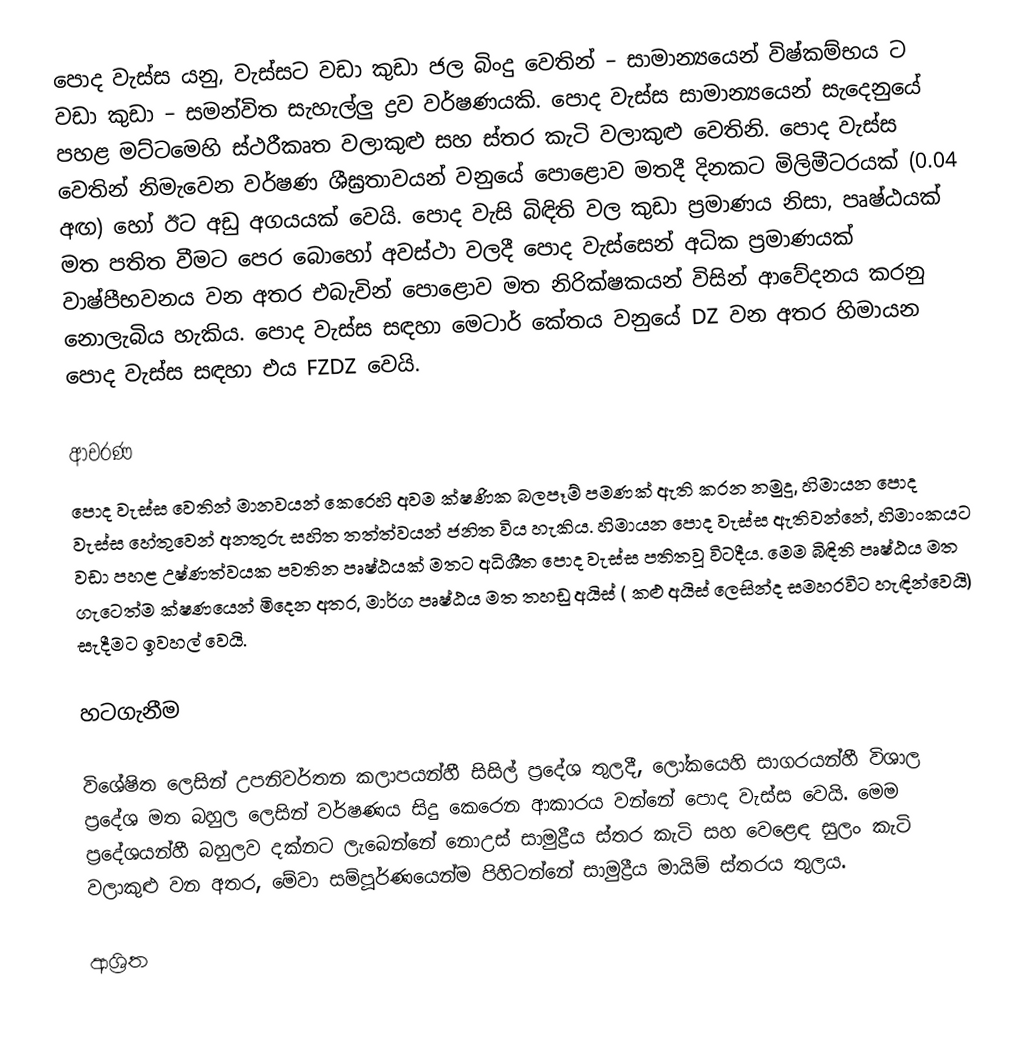
පොද වැස්ස යනු,   වැස්සට වඩා කුඩා  ජල බිංදු වෙතින් – සාමාන්‍යයෙන් විෂ්කම්භය  ට වඩා කුඩා – සමන්විත සැහැල්ලු ද්‍රව වර්ෂණයකි.  පොද වැස්ස සාමාන්‍යයෙන් සැදෙනුයේ පහළ මට්ටමෙහි ස්ථරීකෘත වලාකුළු සහ ස්තර කැටි වලාකුළු වෙතිනි. පොද වැස්ස වෙතින් නිමැවෙන වර්ෂණ ශීඝ්‍රතාවයන් වනුයේ පොළොව මතදී දිනකට මිලිමීටරයක්  (0.04 අඟ)   හෝ ඊට අඩු අගයයක් වෙයි. පොද වැසි බිඳිති වල කුඩා ප්‍රමාණය නිසා, පෘෂ්ඨයක් මත පතිත වීමට පෙර බොහෝ අවස්ථා වලදී පොද වැස්සෙන් අධික ප්‍රමාණයක් වාෂ්පීභවනය වන අතර එබැවින් පොළොව මත නිරික්ෂකයන් විසින් ආවේදනය කරනු නොලැබිය හැකිය. පොද වැස්ස සඳහා මෙටාර් කේතය වනුයේ DZ වන අතර හිමායන පොද වැස්ස සඳහා එය FZDZ වෙයි.

ආචරණ
පොද වැස්ස වෙතින් මානවයන් කෙරෙහි අවම ක්ෂණික බලපෑම් පමණක් ඇති කරන නමුදු, හිමායන පොද වැස්ස හේතුවෙන් අනතුරු සහිත තත්ත්වයන් ජනිත විය හැකිය.  හිමායන පොද වැස්ස ඇතිවන්නේ, හිමාංකයට වඩා පහළ උෂ්ණත්වයක පවතින පෘෂ්ඨයක් මතට  අධිශීත පොද වැස්ස පතිතවූ විටදීය.   මෙම බිඳිති පෘෂ්ඨය මත ගැටෙත්ම ක්ෂණයෙන් මිදෙන අතර, මාර්ග පෘෂ්ඨය මත  තහඩු අයිස්  ( කළු අයිස් ලෙසින්ද සමහරවිට හැඳින්වෙයි) සැදීමට ඉවහල් වෙයි.

හටගැනීම

විශේෂිත ලෙසින් උපනිවර්තන කලාපයන්හී සිසිල් ප්‍රදේශ තුලදී, ලෝකයෙහි සාගරයන්හී විශාල ප්‍රදේශ මත බහුල ලෙසින් වර්ෂණය සිදු කෙරෙන ආකාරය වන්නේ පොද වැස්ස වෙයි. මෙම ප්‍රදේශයන්හී බහුලව දක්නට ලැබෙන්නේ  නොඋස් සාමුද්‍රීය  ස්තර කැටි සහ වෙළෙඳ සුලං කැටි වලාකුළු වන අතර, මේවා සම්පූර්ණයෙන්ම පිහිටන්නේ සාමුද්‍රීය මායිම් ස්තරය තුලය.

ආශ්‍රිත